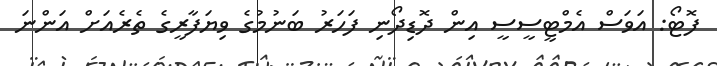
ފޮޓޯ: އަވަސް އެމްޓީސީސީ އިން ދޮޑިދޯނި ފަހަރު ބަނުމުގެ ވިޔަފާރީގެ ތެރެއަށް އަންނަ